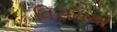
વિરામથી